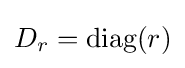
D_{r}={\text{diag}}(r)